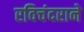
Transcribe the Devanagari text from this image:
रविचंदराने